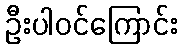
ဦးပါဝင်ကြောင်း